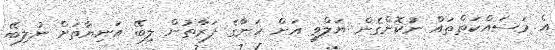
އެ މަސައްކަތްތައް ނުކޮށްގެން ޔަލްވީ އަށް ހަނާގެ ފަރާތުން ލިބޭ އަނިޔާތަށް ނުލިބޭ